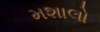
મશાલો